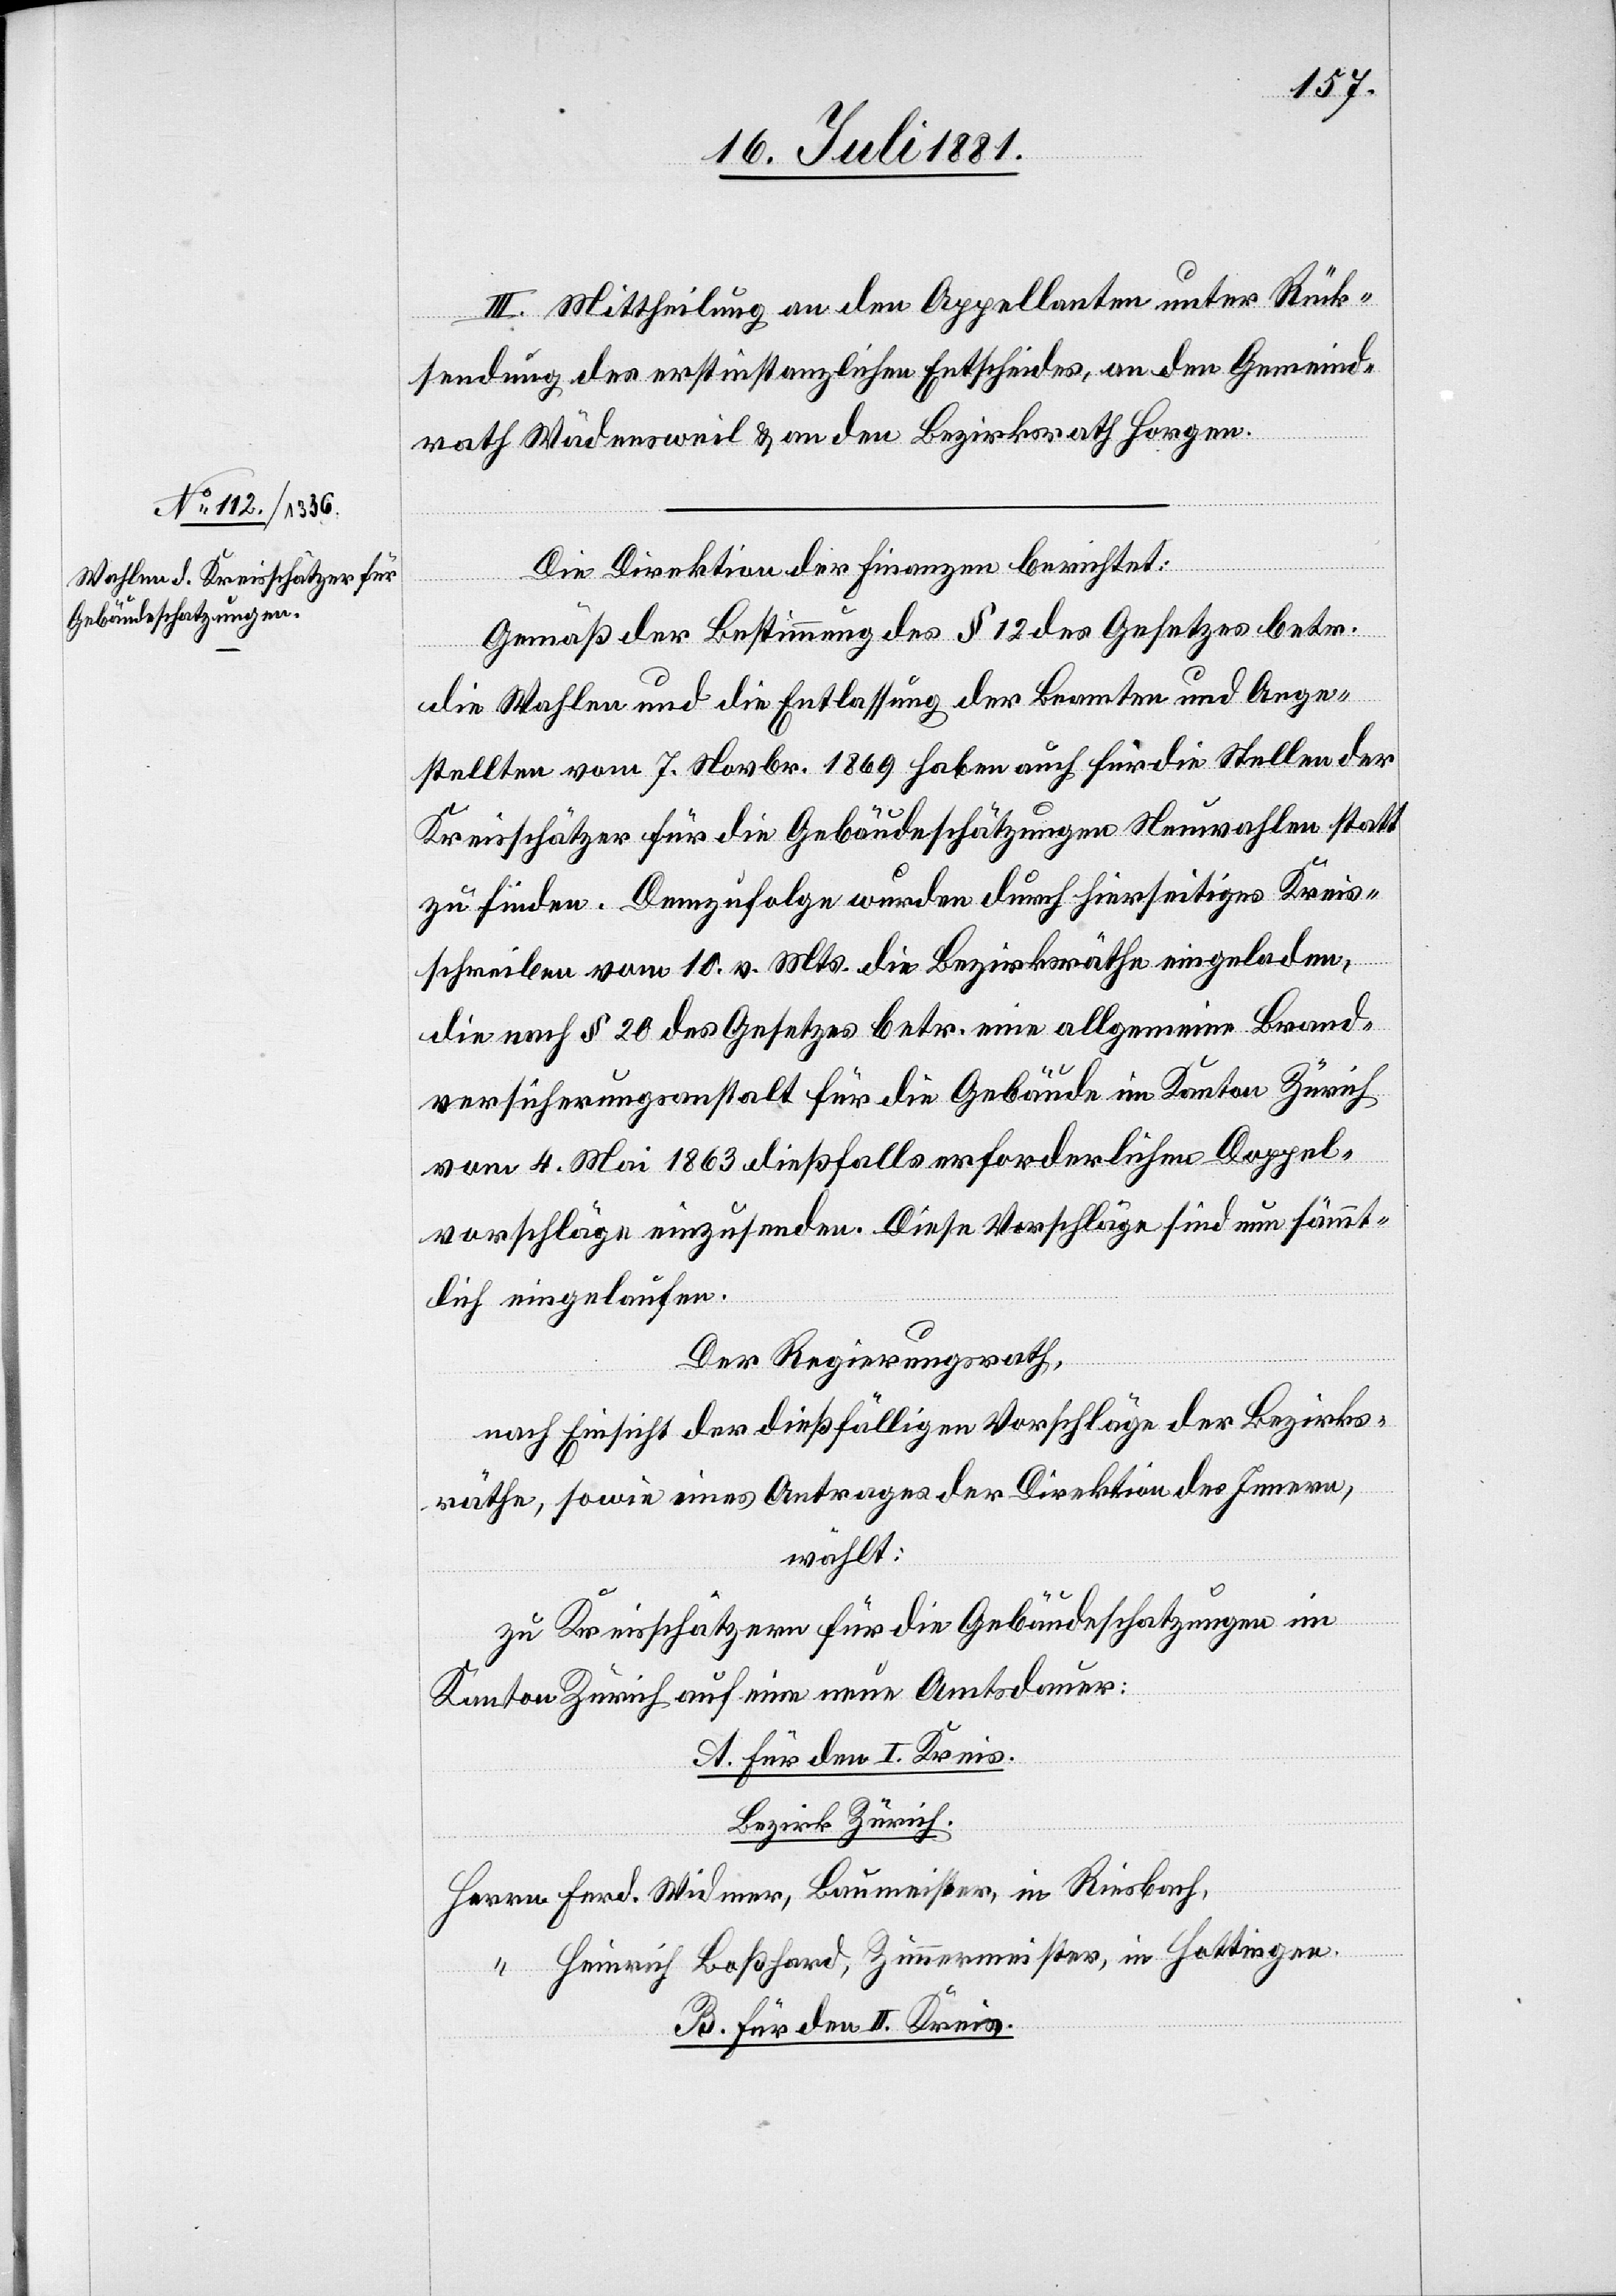
III. Mittheilung an den Appellanten unter Rück¬
ach,
forderung des erstinstanzlichen Entscheides, an den Gemeind¬
rath Wädensweil & an der Bezirksrath Horgen.
Die Direktion der Finanzen berichtet:
Gemäß der Bestimmung des § 12 des Gesetzes betr.
die Wahlen und die Entlassung der Beamten und Ange¬
stellten vom 7. Novbr. 1869 haben auch für die Stellen der
Kreisschätzer für die Gebäudeschätzungen Neuwahlen statt
zu finden. Demzufolge wurden durch hierseitiges Kreis¬
schreiben vom 18. v. Mts. die Bezirksräthe eingeladen,
die nach § 20 des Gesetzes betr. eine allgemeine Brand¬
versicherungsanstalt für die Gebäude im Kanton Zürich
in
vom 4. Mai 1863 dießfalls erforderlichen Doppel¬
vorschläge einzusenden. Diese Vorschläge sind nun sämmt¬
lich eingelaufen.
Der Regierungsrath,
nach Einsicht der dießfälligen Vorschläge der Bezirks¬
räthe, sowie eines Antrages der Direktion des Innern,
wählt:
zu Kreisschätzern für die Gebäudeschatzungen im
Kanton Zürich auf eine neue Amtsdauer:
A. für den I. Kreis.
Bezirk Zürich.
Heinrich Boßhard, Zimmermeister, in Hottingen.
B. für den II. Kreis